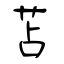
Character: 苫